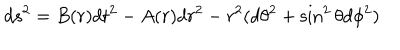
d s ^ { 2 } = B ( r ) d t ^ { 2 } - A ( r ) d r ^ { 2 } - r ^ { 2 } ( d \theta ^ { 2 } + \sin ^ { 2 } \theta d \phi ^ { 2 } )